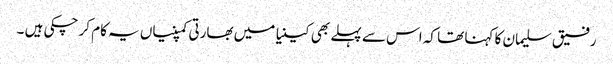
رفیق سلیمان کا کہنا تھا کہ اس سے پہلے بھی کینیا میں بھارتی کمپنیاں یہ کام کر چکی ہیں ۔